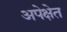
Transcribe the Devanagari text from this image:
अपेक्षेत